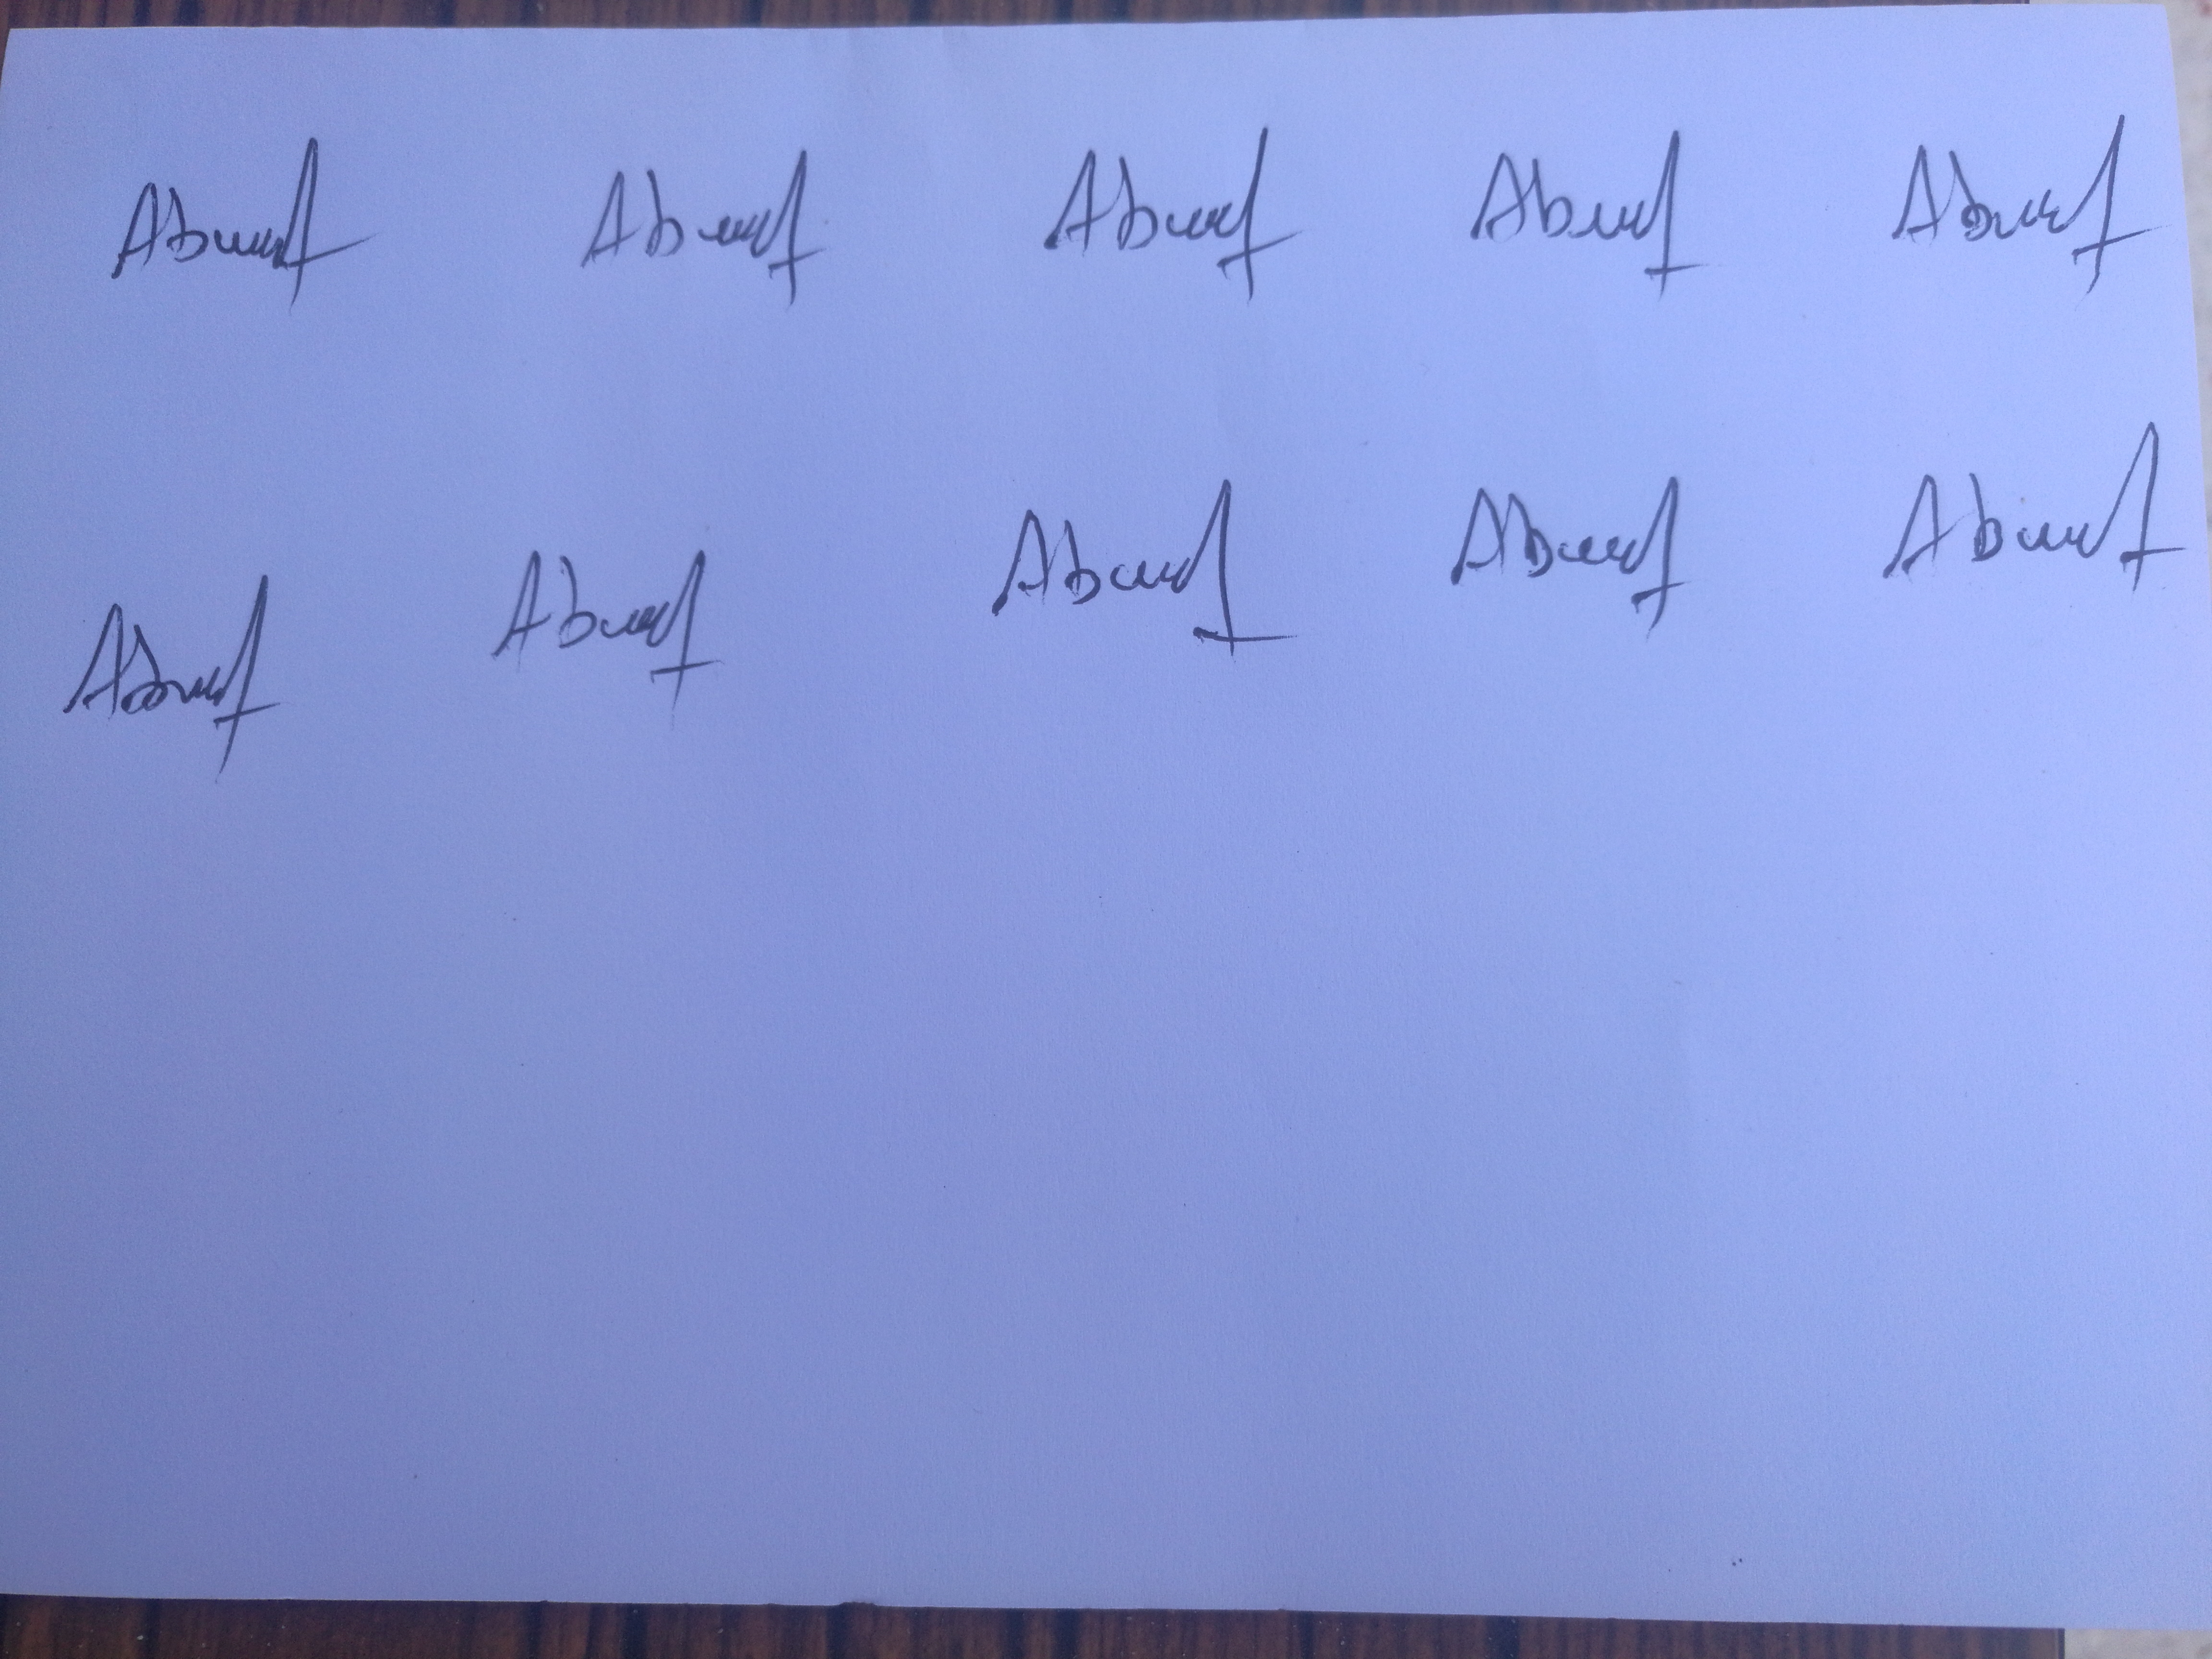
Signature authenticity: genuine